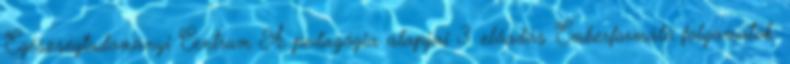
Egészségtudományi Centrum A pedagógia alapjai 3. előadás Emberformáló folyamatok: